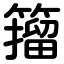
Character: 籀